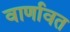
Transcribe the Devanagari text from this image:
वार्णावत